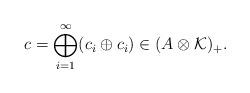
LaTeX: \begin{align*}c=\bigoplus_{i=1}^\infty (c_i\oplus c_i)\in (A\otimes \mathcal K)_+.\end{align*}